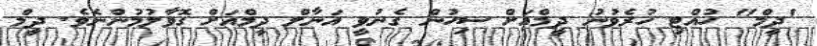
'ދީމް" ހުއްޓި ހުރެވުނު ދީމްއަށް ސިހުން ގެނުވީ އަނާލް ދީމްއަށް ގޮވާލުމުންނެވެ. ދީމް